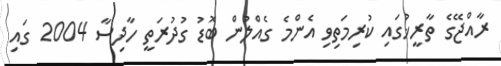
ރާއްޖޭގެ ތާރީޚުގައި ކުރިމަތިވި އެންމެ ގެއްލުން ބޮޑު ގުދުރަތީ ހާދިސާ 2004 ގައި